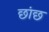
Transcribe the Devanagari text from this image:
छांछ